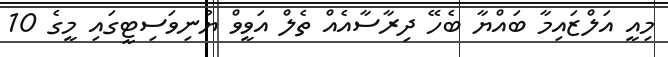
މިއީ އަލްޒައިމާ ބައްޔާ ބެހޭ ދިރާސާއެއް ތެލް އަވީވް ޔުނިވަސިޓީގައި މީގެ 10